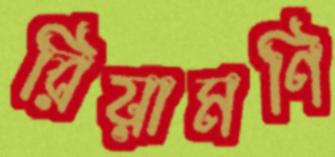
রিয়ামণি